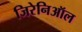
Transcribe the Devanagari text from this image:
जिरेनिऑल